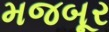
મજબૂર